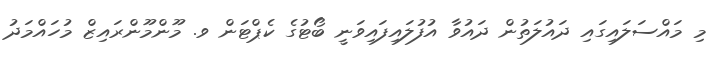
މި މައްސަލައިގައި ދައުލަތުން ދައުވާ އުފުލައިފައިވަނީ ބޯޓުގެ ކެޕްޓަން ވ. މޫންމޫންރައިޒް މުހައްމަދު